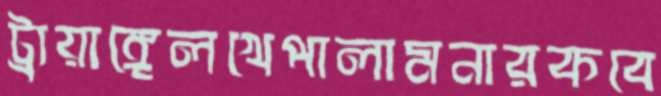
ট্রায়াঙ্গেলখেপালামনারকবে